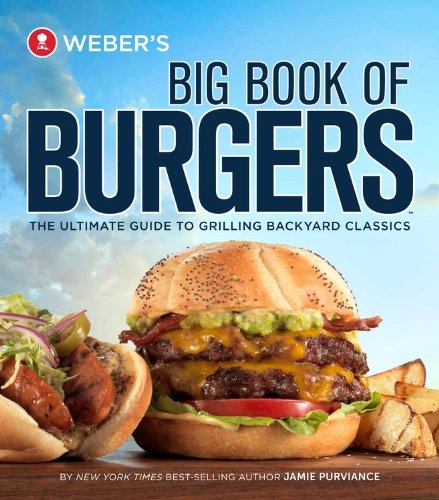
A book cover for Weber's Big Book of Burgers: The Ultimate Guide to Grilling Backyard Classics; Jamie Purviance; Cookbooks, Food & Wine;